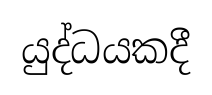
යුද්ධයකදී